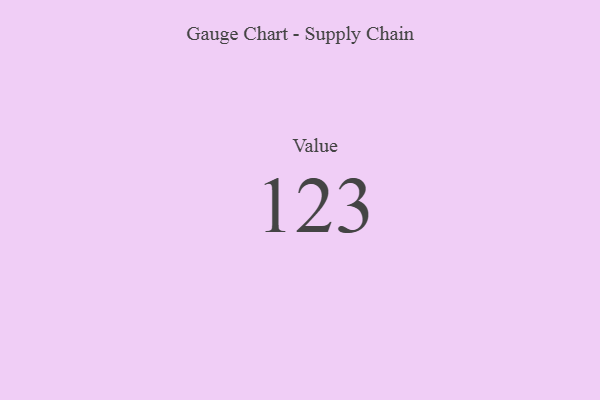
{"axis": {"x": "Metric", "y": "Value"}, "legend": [""], "data": [{"x": "Value", "y": 123, "type": ""}]}